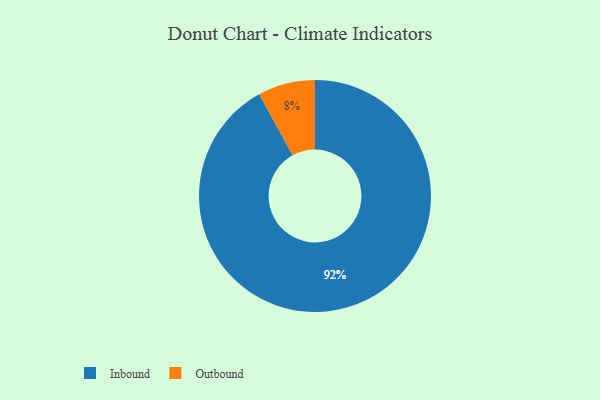
{"axis": {"x": "Category", "y": "Percentage"}, "legend": ["Inbound", "Outbound"], "data": [{"x": "Inbound", "y": 92, "type": "Inbound"}, {"x": "Outbound", "y": 8, "type": "Outbound"}]}